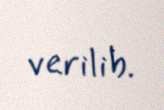
verilib.